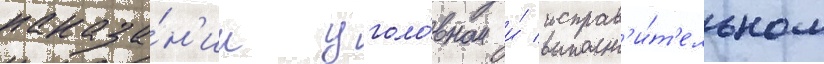
наказа́н'ии уголо́вном и́ исправ'и́т'ельном